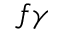
f \gamma